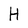
Character: H